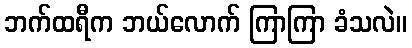
ဘက်ထရီက ဘယ်လောက် ကြာကြာ ခံသလဲ။